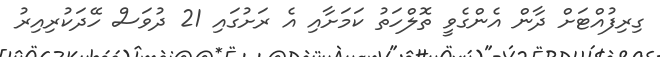
ގިރިފުއްޓަށް ދާން އެންގެވީ ތޮލްހަތު ކަމަށާއި އެ ރަށުގައި 21 ދުވަސް ހޭދަކުރިއިރު